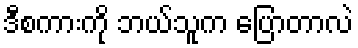
ဒီစကားကို ဘယ်သူက ပြောတာလဲ